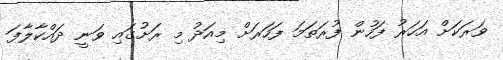
ވަރަކަށް އަހަރު ފަހުން ފުރަތަމަ ފަހަރަށް މިއަދު މި ރަށުގައި ވަނީ ދައްކާލާފަ